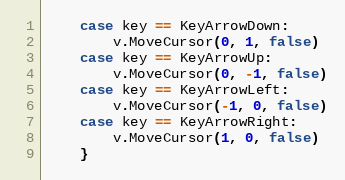
Language: Go
	case key == KeyArrowDown:
		v.MoveCursor(0, 1, false)
	case key == KeyArrowUp:
		v.MoveCursor(0, -1, false)
	case key == KeyArrowLeft:
		v.MoveCursor(-1, 0, false)
	case key == KeyArrowRight:
		v.MoveCursor(1, 0, false)
	}